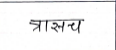
मजकूर: त्रासच